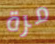
مرة